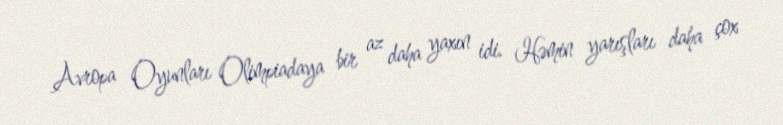
Avropa Oyunları Olimpiadaya bir az daha yaxın idi. Həmin yarışları daha çox